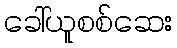
ခေါ်ယူစစ်ဆေး